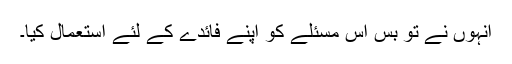
انہوں نے تو بس اس مسئلے کو اپنے فائدے کے لئے استعمال کیا۔